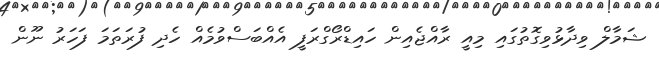
ޝަމާލް ވިދާޅުވިގޮތުގައި މިއީ ރާއްޖެއިން ހައިޑްރޯގްރަފީ އެއްބަސްވުމެއް ހެދި ފުރަތަމަ ފަހަރު ނޫން